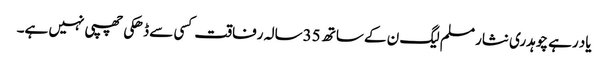
یاد رہے چوہدری نثار مسلم لیگ ن کے ساتھ 35سالہ رفاقت کسی سے ڈھکی چھپی نہیں ہے۔